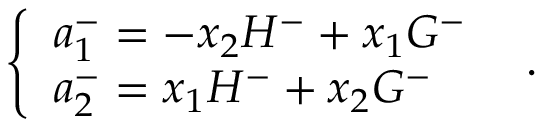
\left\{ \begin{array} { l } { { a _ { 1 } ^ { - } = - x _ { 2 } H ^ { - } + x _ { 1 } G ^ { - } } } \\ { { a _ { 2 } ^ { - } = x _ { 1 } H ^ { - } + x _ { 2 } G ^ { - } } } \end{array} \right. \enskip .